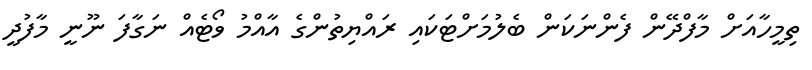
ތިމީހާއަށް މާފްދޭން ފެންނަކަން ބެލުމަށްޓަކައި ރައްޔިތުންގެ އާއްމު ވޯޓެއް ނަގާފަ ނޫނީ މާފުދީ